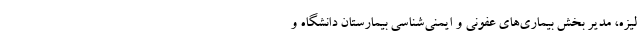
لیزه، مدیر بخش بیماری‌های عفونی و ایمنی‌شناسی بیمارستان دانشگاه و